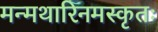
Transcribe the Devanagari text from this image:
मन्मथारिनमस्कृतः